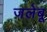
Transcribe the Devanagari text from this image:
जलेबू